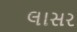
લાસર